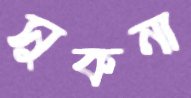
সুকনা